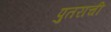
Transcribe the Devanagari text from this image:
पुतराची